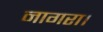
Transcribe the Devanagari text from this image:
नागरा।